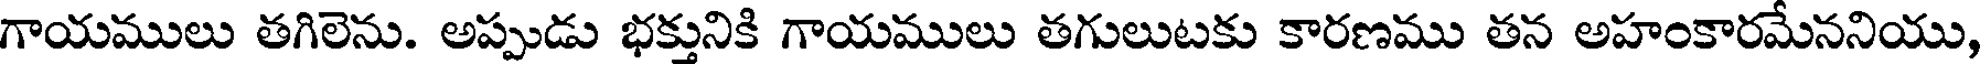
గాయములు తగిలెను. అప్పుడు భక్తునికి గాయములు తగులుటకు కారణము తన అహంకారమేననియు,